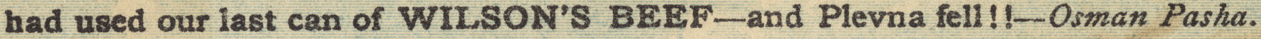
had used our last can of WILSON'S BEEF-and Plevna fell!!-Osman Pasha.